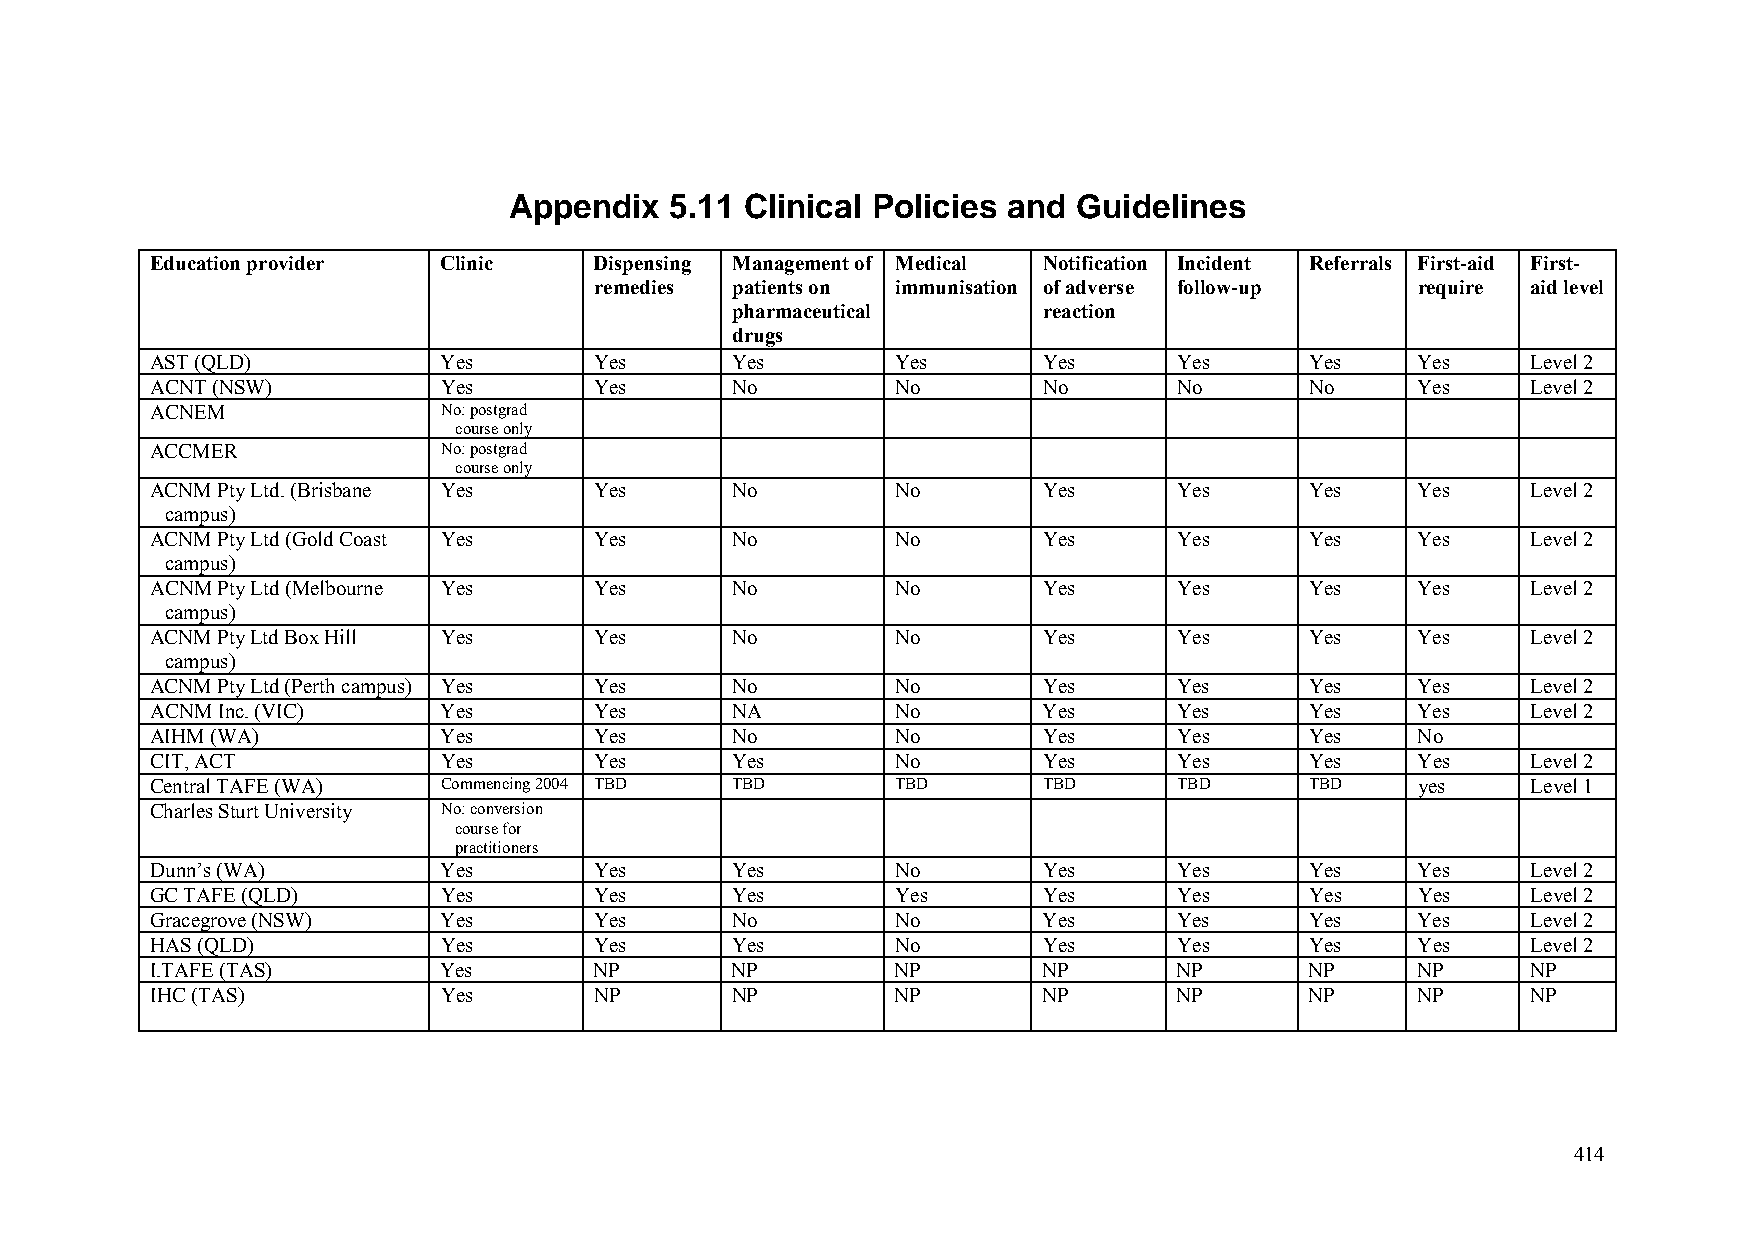
Appendix  5.11 Clinical Policies and Guidelines
 Education provider Clinic    Dispensing Management of Medical Notification Incident Referrals First-aid First-
 remedies patients on immunisation of adverse follow-up require aid level
 pharmaceutical       reaction
 drugs
 AST (QLD)          Yes       Yes      Yes        Yes       Yes      Yes      Yes    Yes    Level 2
 ACNT (NSW)         Yes       Yes      No         No        No       No       No     Yes    Level 2
 ACNEM              No: postgrad
 course only
 ACCMER             No: postgrad
 course only
 ACNM Pty Ltd. (Brisbane Yes  Yes      No         No        Yes      Yes      Yes    Yes    Level 2
 campus)
 ACNM Pty Ltd (Gold Coast Yes Yes      No         No        Yes      Yes      Yes    Yes    Level 2
 campus)
 ACNM Pty Ltd (Melbourne Yes  Yes      No         No        Yes      Yes      Yes    Yes    Level 2
 campus)
 ACNM Pty Ltd Box Hill Yes    Yes      No         No        Yes      Yes      Yes    Yes    Level 2
 campus)
 ACNM Pty Ltd (Perth campus) Yes Yes   No         No        Yes      Yes      Yes    Yes    Level 2
 ACNM Inc. (VIC)    Yes       Yes      NA         No        Yes      Yes      Yes    Yes    Level 2
 AIHM (WA)          Yes       Yes      No         No        Yes      Yes      Yes    No
 CIT, ACT           Yes       Yes      Yes        No        Yes      Yes      Yes    Yes    Level 2
 Central TAFE (WA)  Commencing 2004 TBD TBD       TBD       TBD      TBD      TBD    yes    Level 1
 Charles Sturt University No: conversion
 course for
 practitioners
 Dunn’s (WA)        Yes       Yes      Yes        No        Yes      Yes      Yes    Yes    Level 2
 GC TAFE (QLD)      Yes       Yes      Yes        Yes       Yes      Yes      Yes    Yes    Level 2
 Gracegrove (NSW)   Yes       Yes      No         No        Yes      Yes      Yes    Yes    Level 2
 HAS (QLD)          Yes       Yes      Yes        No        Yes      Yes      Yes    Yes    Level 2
 I.TAFE (TAS)       Yes       NP       NP         NP        NP       NP       NP     NP     NP
 IHC (TAS)          Yes       NP       NP         NP        NP       NP       NP     NP     NP
 414